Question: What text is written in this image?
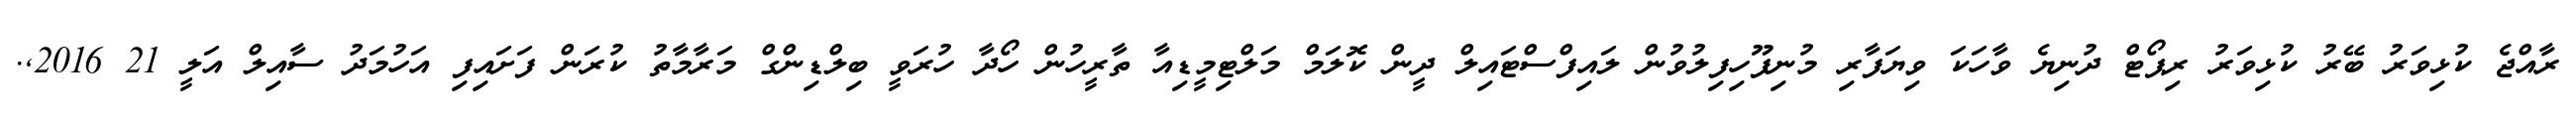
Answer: ރާއްޖެ ކުޅިވަރު ބޭރު ކުޅިވަރު ރިޕޯޓް ދުނިޔެ ވާހަކަ ވިޔަފާރި މުނިފޫހިފިލުވުން ލައިފްސްޓައިލް ދީން ކޮލަމް މަލްޓިމީޑިއާ ތާރީހުން ހޯދާ ހުރަވީ ބިލްޑިންގް މަރާމާތު ކުރަން ފަށައިފި އަހުމަދު ސާއިލް އަލީ 21 2016,.